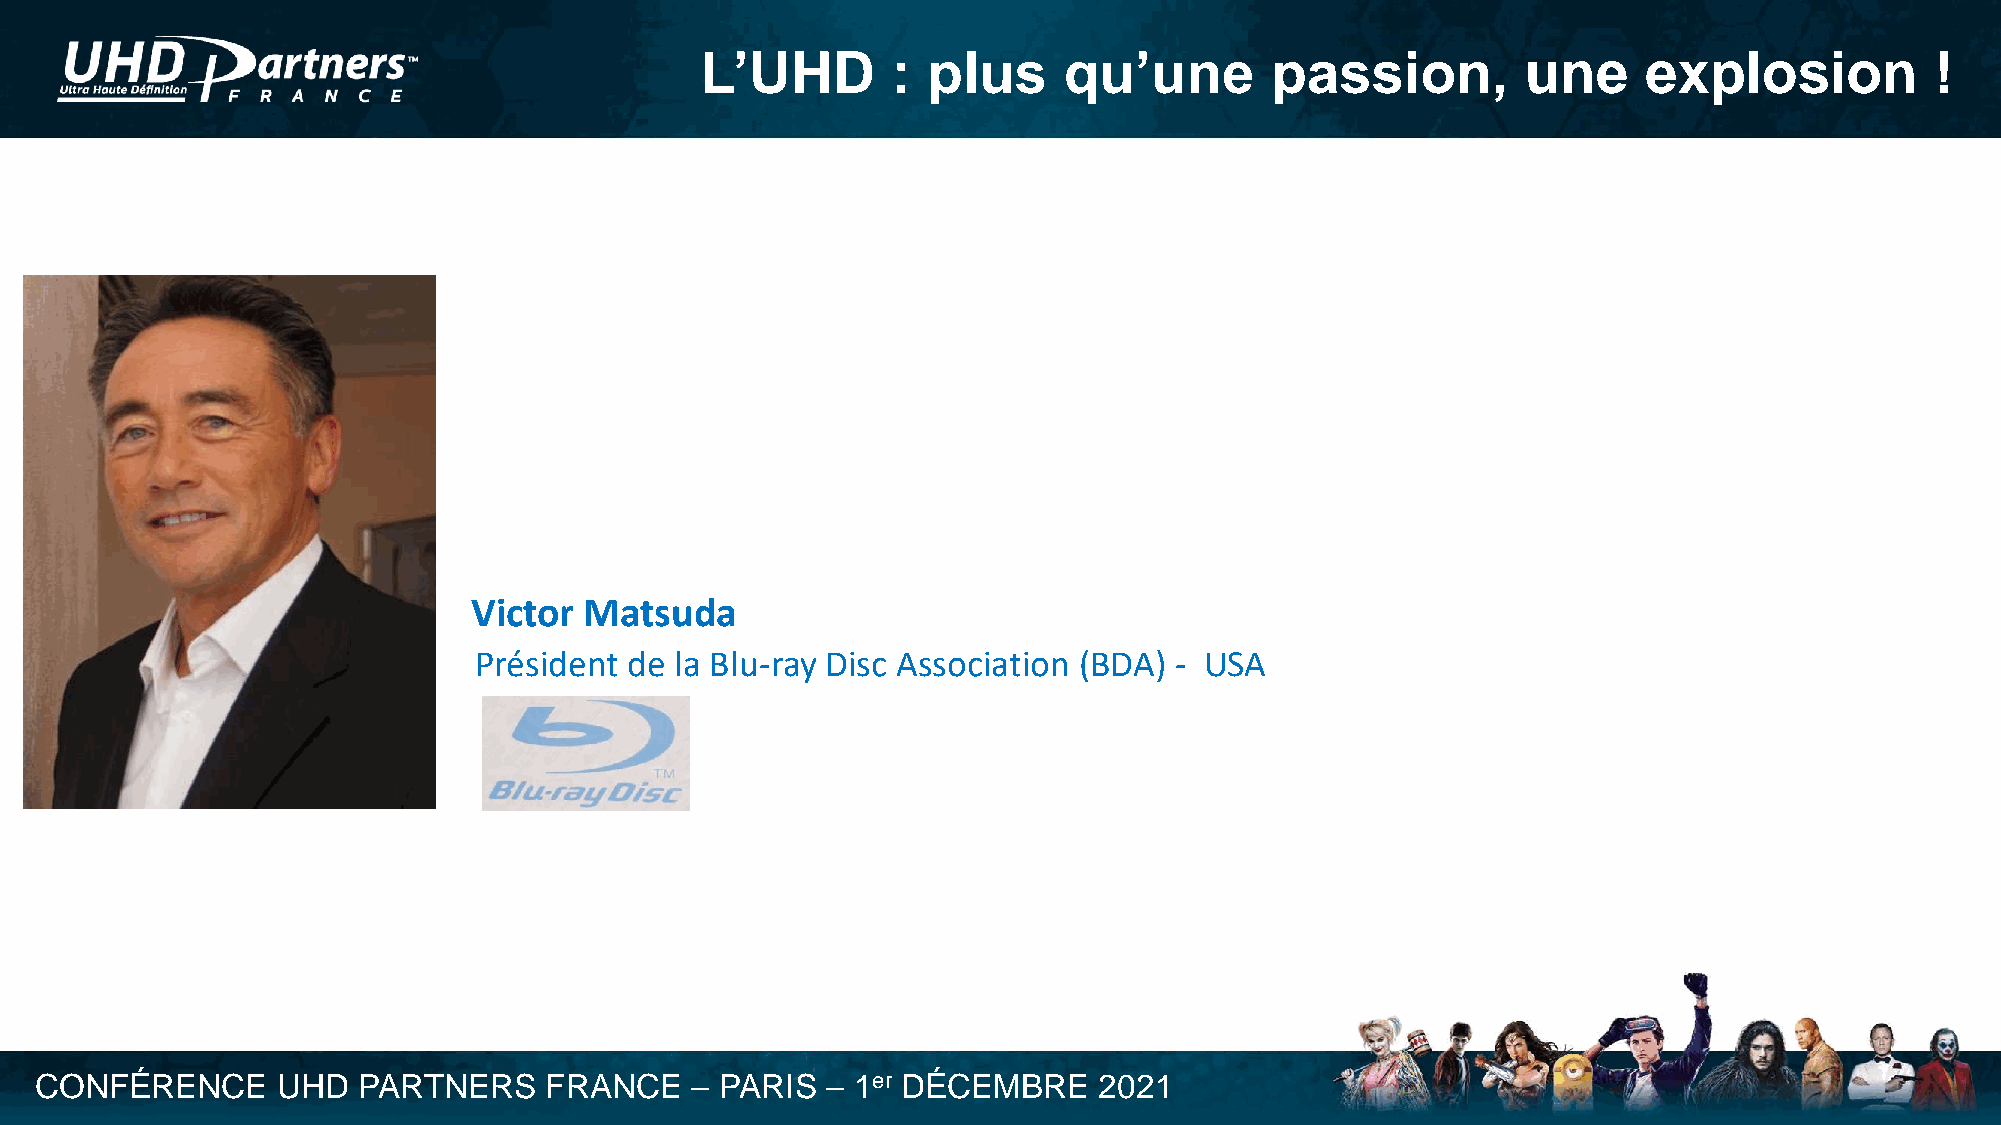
L’UHD        : plus     qu’une        passion,         une     explosion          !
 Victor  Matsuda
 Président  de la Blu-ray Disc Association (BDA) - USA
 CONFÉRENCE      UHD   PARTNERS    FRANCE    – PARIS  – 1er DÉCEMBRE    2021